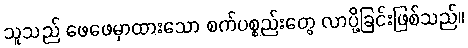
သူသည် ဖေဖေမှာထားသော စက်ပစ္စည်းတွေ လာပို့ခြင်းဖြစ်သည်။